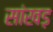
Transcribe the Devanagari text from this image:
सांखड़